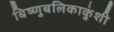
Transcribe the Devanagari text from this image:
बिष्णुबलिकाकुंशी